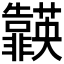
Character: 𮧈